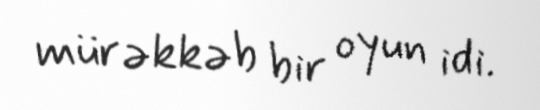
mürəkkəb bir oyun idi.